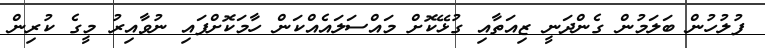
ފުލުހުން ބަލަމުން ގެންދަނީ ޒިއަތާއި ގުޅޭކޮށް މައްސަލައެއްކަން ހާމަކޮށްފައި ނުވާއިރު މީގެ ކުރިން